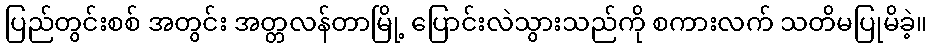
ပြည်တွင်းစစ် အတွင်း အတ္တလန်တာမြို့ ပြောင်းလဲသွားသည်ကို စကားလက် သတိမပြုမိခဲ့။